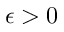
\epsilon > 0